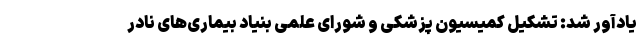
یادآور شد: تشکیل کمیسیون پزشکی و شورای علمی بنیاد بیماری‌های نادر